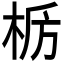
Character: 𫞊